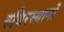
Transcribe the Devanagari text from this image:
रुधिरस्थानों